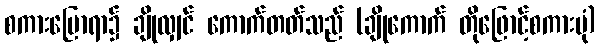
စကားပြောရာ၌ ချိုလျှင် ကောက်တတ်သည် (ချိုကောက် တိုဖြောင့်စကားပုံ)